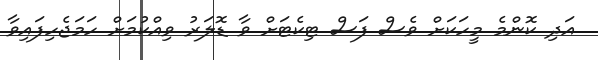
އަދި ކޮންމެ މީހަކަށް ވެސް ފަސް ޓިކެޓަށް ވާ ޑޮލަރު ވިއްކުމަށް ހަމަޖެހިފައިވާ